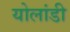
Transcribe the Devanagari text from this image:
योलांडी